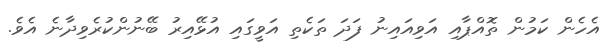
އެހެން ކަމުން ތޮއްޕާއި އަވިއައިނު ފަދަ ތަކެތި އަވީގައި އުޅޭއިރު ބޭނުންކުރެވިދާނެ އެވެ.